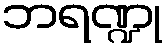
ဘရဏ္ဍု